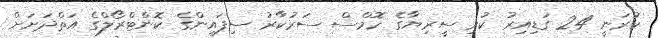
ކުރަނީ 24 ގަޑިއިރު ކުރި ސީރިޔާގެ ހޮމްސް ސަރުކާރު ސިފައިންގެ ކޮންޓްރޯލްގެ އަތްދަށަށް